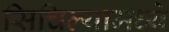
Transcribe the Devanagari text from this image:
सिचिल्यामध्ये